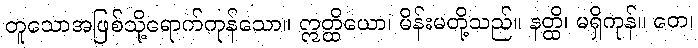
တူသောအဖြစ်သို့ရောက်ကုန်သော။ ဣတ္ထိယော၊ မိန်းမတို့သည်။ နတ္ထိ၊ မရှိကုန်။ တေ၊